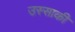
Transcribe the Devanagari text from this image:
उस्साकी